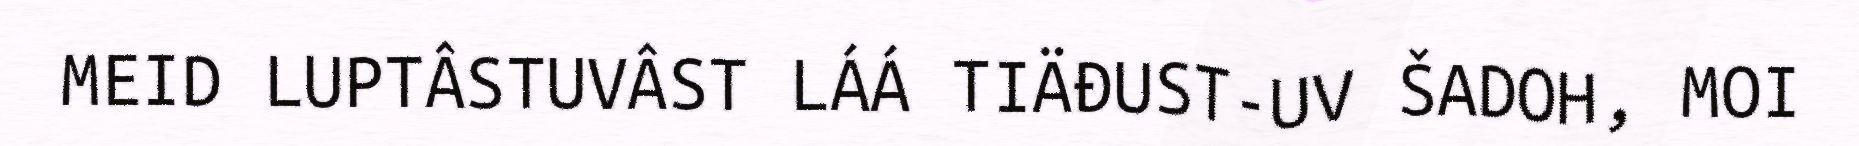
MEID LUPTÂSTUVÂST LÁÁ TIÄĐUST-UV ŠADOH, MOI